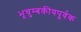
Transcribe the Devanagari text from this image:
भूचुम्बकीयपूर्वक